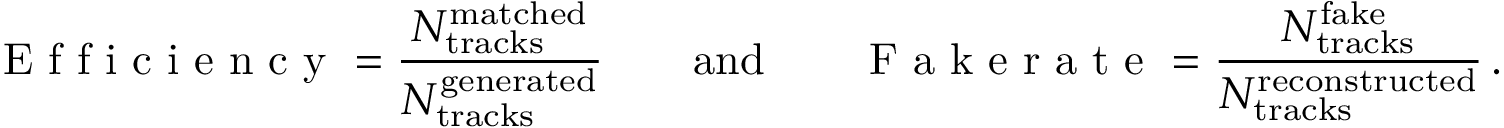
\textrm { E f f i c i e n c y } = \frac { N _ { \mathrm { t r a c k s } } ^ { \mathrm { m a t c h e d } } } { N _ { \mathrm { t r a c k s } } ^ { \mathrm { g e n e r a t e d } } } \qquad \mathrm { a n d } \qquad \textrm { F a k e r a t e } = \frac { N _ { \mathrm { t r a c k s } } ^ { \mathrm { f a k e } } } { N _ { \mathrm { t r a c k s } } ^ { \mathrm { r e c o n s t r u c t e d } } } \, .